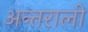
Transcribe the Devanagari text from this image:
अन्तराली